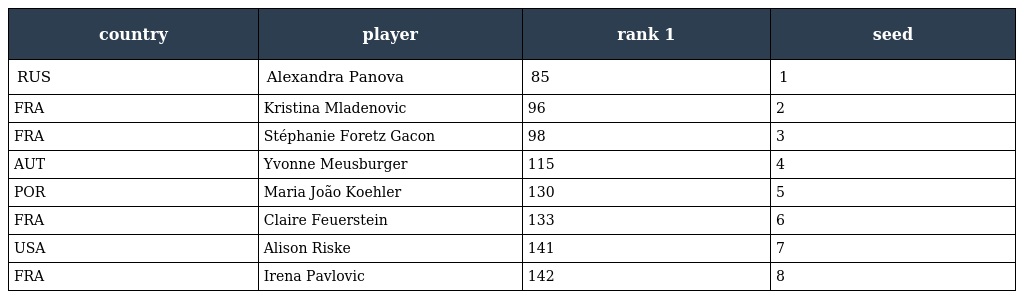
| country | player | rank 1 | seed |
 | --- | --- | --- | --- |
 | RUS | Alexandra Panova | 85 | 1 |
 | FRA | Kristina Mladenovic | 96 | 2 |
 | FRA | Stéphanie Foretz Gacon | 98 | 3 |
 | AUT | Yvonne Meusburger | 115 | 4 |
 | POR | Maria João Koehler | 130 | 5 |
 | FRA | Claire Feuerstein | 133 | 6 |
 | USA | Alison Riske | 141 | 7 |
 | FRA | Irena Pavlovic | 142 | 8 |